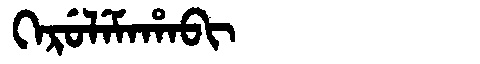
Manchu: ᡴᡝᡵᡠᠯᡝᠮᠠᡥᠠᠪᡳ
Romanization: KERULEMAHABI